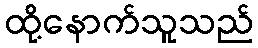
ထို့နောက်သူသည်